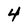
Character: 4